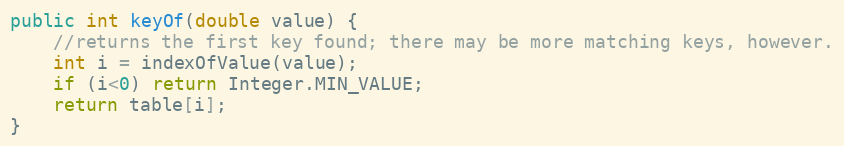
Language: Java
public int keyOf(double value) {
	//returns the first key found; there may be more matching keys, however.
	int i = indexOfValue(value);
	if (i<0) return Integer.MIN_VALUE;
	return table[i];
}